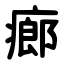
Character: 㾿